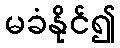
မခံနိုင်၍